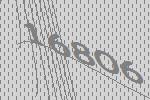
16806